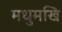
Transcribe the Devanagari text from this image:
मधुमखि